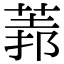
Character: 𦳻